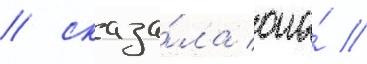
/ сказа́ла она́ //